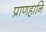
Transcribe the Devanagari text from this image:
प्राणहानि